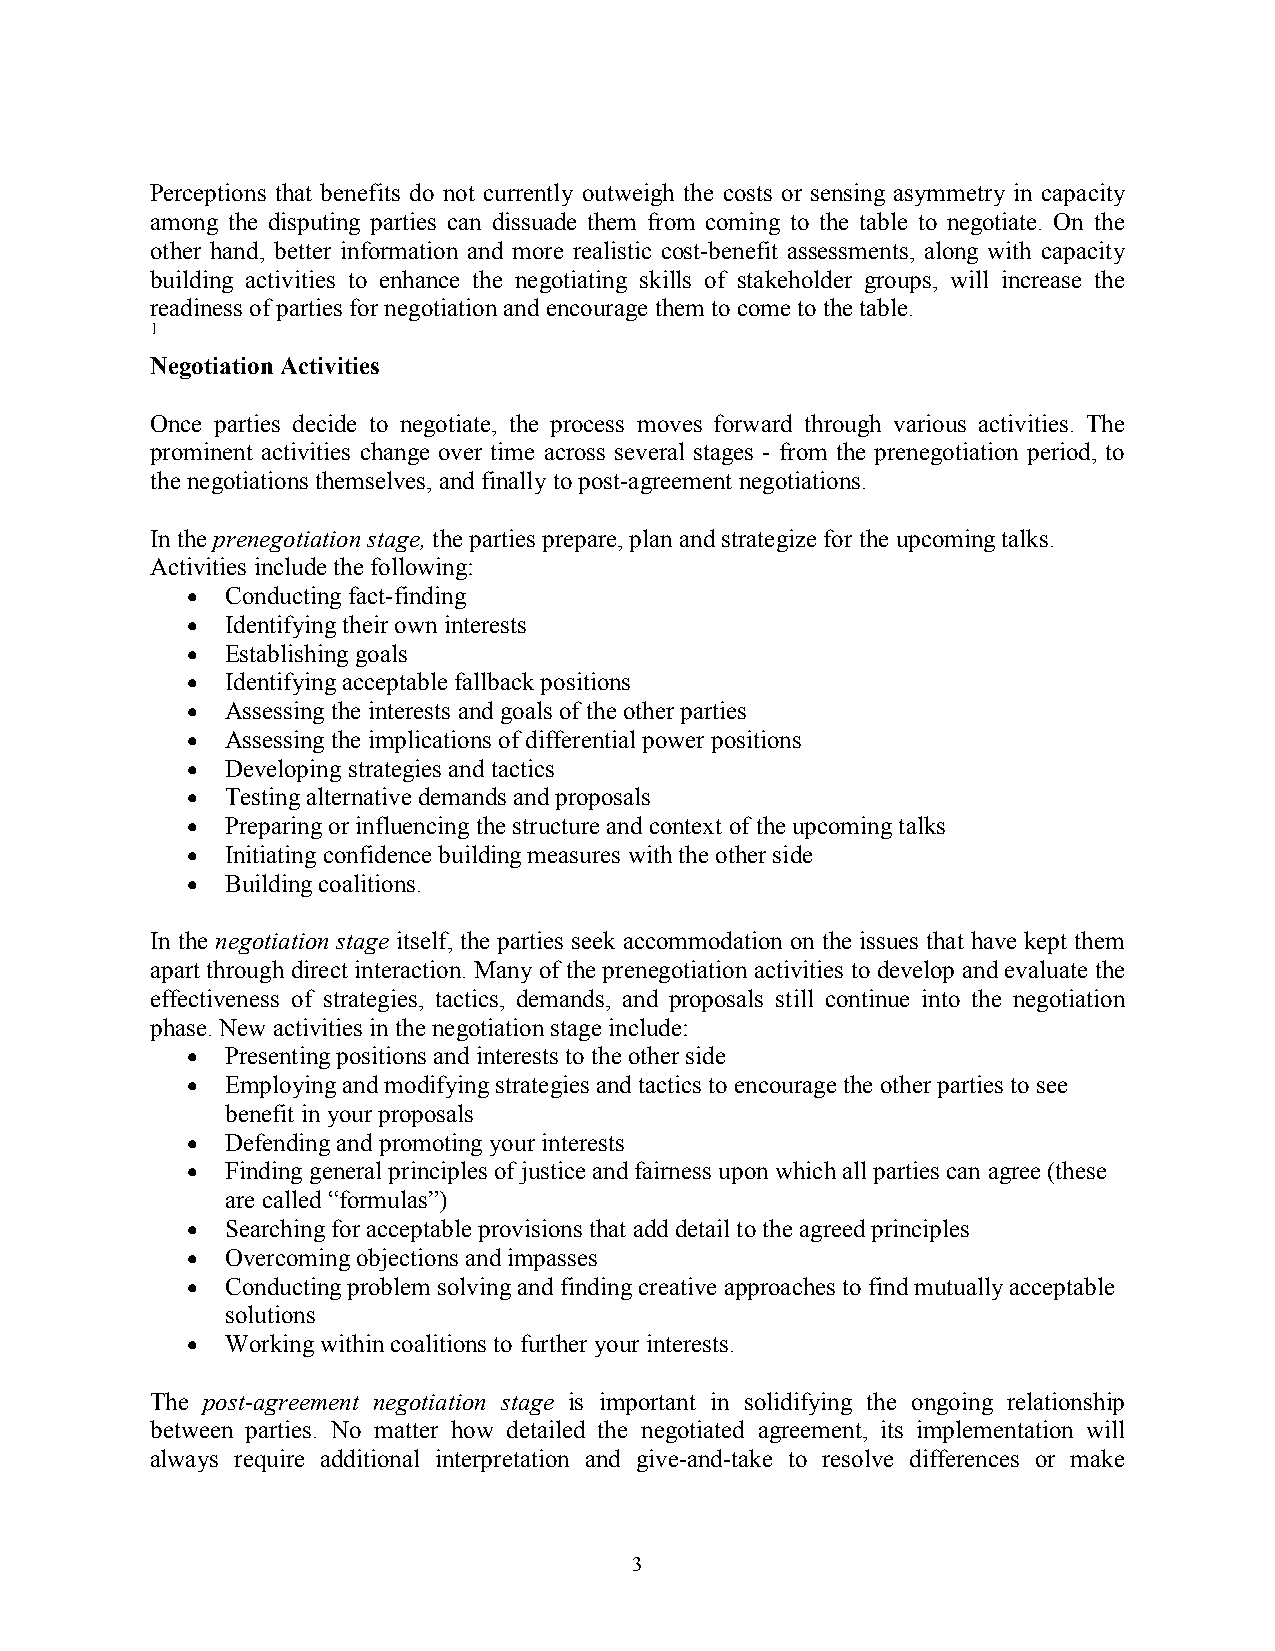
Perceptions that benefits do not currently outweigh the costs or sensing asymmetry in capacity
 among the disputing parties can dissuade them from coming to the table to negotiate. On the
 other hand, better information and more realistic cost-benefit assessments, along with capacity
 building activities to enhance the negotiating skills of stakeholder groups, will increase the
 readiness of parties for negotiation and encourage them to come to the table.
 1
 Negotiation Activities
 Once parties decide to negotiate, the process moves forward through various activities. The
 prominent activities change over time across several stages - from the prenegotiation period, to
 the negotiations themselves, and finally to post-agreement negotiations.
 In the prenegotiation stage, the parties prepare, plan and strategize for the upcoming talks.
 Activities include the following:
 •  Conducting fact-finding
 •  Identifying their own interests
 •  Establishing goals
 •  Identifying acceptable fallback positions
 •  Assessing the interests and goals of the other parties
 •  Assessing the implications of differential power positions
 •  Developing strategies and tactics
 •  Testing alternative demands and proposals
 •  Preparing or influencing the structure and context of the upcoming talks
 •  Initiating confidence building measures with the other side
 •  Building coalitions.
 In the negotiation stage itself, the parties seek accommodation on the issues that have kept them
 apart through direct interaction. Many of the prenegotiation activities to develop and evaluate the
 effectiveness of strategies, tactics, demands, and proposals still continue into the negotiation
 phase. New activities in the negotiation stage include:
 •  Presenting positions and interests to the other side
 •  Employing and modifying strategies and tactics to encourage the other parties to see
 benefit in your proposals
 •  Defending and promoting your interests
 •  Finding general principles of justice and fairness upon which all parties can agree (these
 are called “formulas”)
 •  Searching for acceptable provisions that add detail to the agreed principles
 •  Overcoming objections and impasses
 •  Conducting problem solving and finding creative approaches to find mutually acceptable
 solutions
 •  Working within coalitions to further your interests.
 The post-agreement negotiation stage is important in solidifying the ongoing relationship
 between parties. No matter how detailed the negotiated agreement, its implementation will
 always require additional interpretation and give-and-take to resolve differences or make
 3